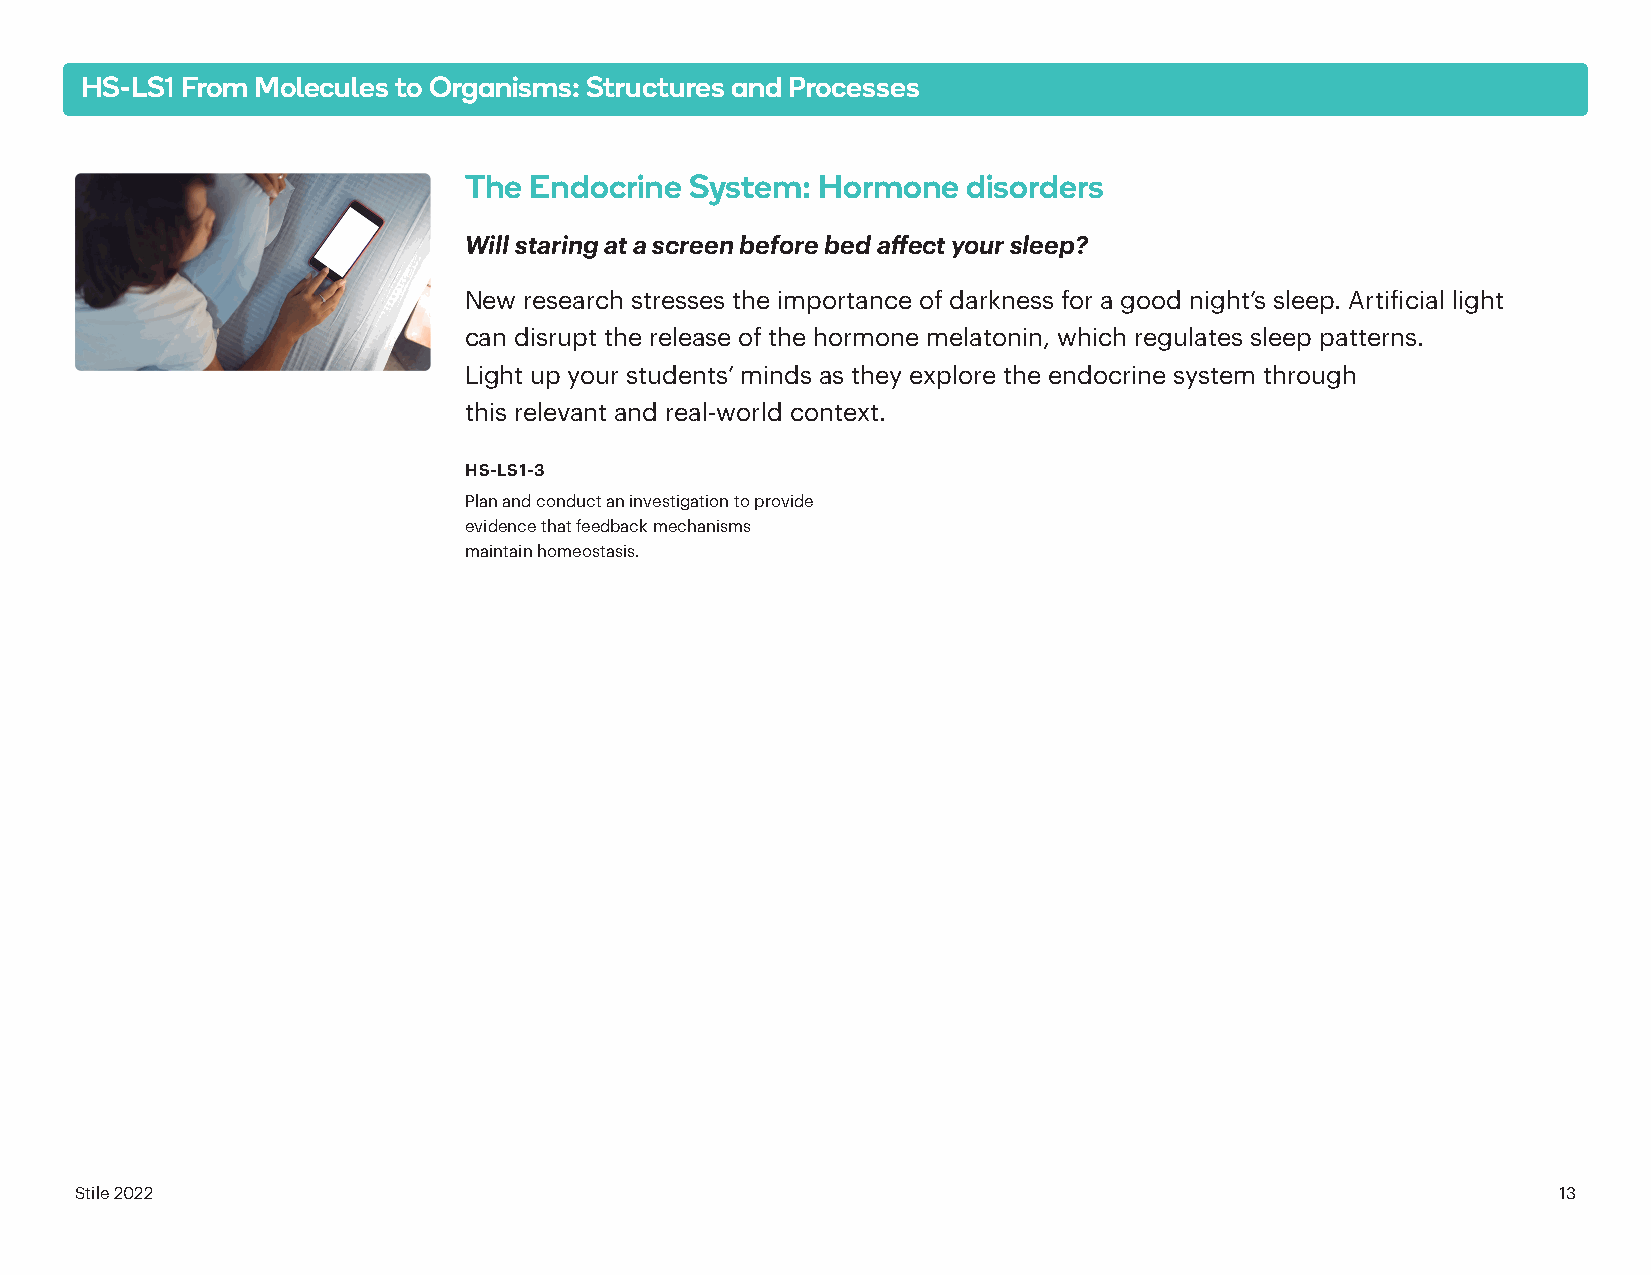
HS-LS1 From Molecules to Organisms: Structures and Processes
 The Endocrine  System: Hormone   disorders
 Will staring at a screen before bed affect your sleep?
 New research stresses the importance of darkness for a good night’s sleep. Artificial light
 can disrupt the release of the hormone melatonin, which regulates sleep patterns.
 Light up your students’ minds as they explore the endocrine system through
 this relevant and real-world context.
 HS-LS1-3
 Plan and conduct an investigation to provide
 evidence that feedback mechanisms
 maintain homeostasis.
 Stile 2022                                                                                        13